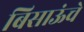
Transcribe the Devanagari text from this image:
बिसाऊंचे